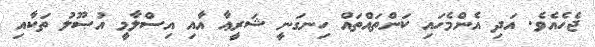
ޖެހެއެވެ. އަދި އެންމެހައި ކަންތައްތައް ހިނގަނީ ޝަރީޢާ އާއި އިސްލާމީ އުޞޫލު ތަކާއި